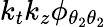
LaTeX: k_{t}k_{z}\phi_{{\theta_{2}}{\theta_{2}}}